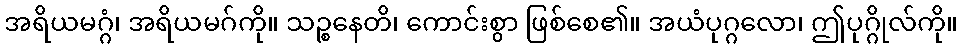
အရိယမဂ္ဂံ၊ အရိယမဂ်ကို။ သဉ္စနေတိ၊ ကောင်းစွာ ဖြစ်စေ၏။ အယံပုဂ္ဂလော၊ ဤပုဂ္ဂိုလ်ကို။